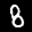
Label: 8